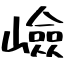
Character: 嶮